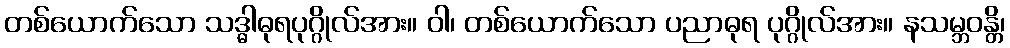
တစ်ယောက်သော သဒ္ဓါဓုရပုဂ္ဂိုလ်အား။ ဝါ၊ တစ်ယောက်သော ပညာဓုရ ပုဂ္ဂိုလ်အား။ နသမ္ဘဝန္တိ၊